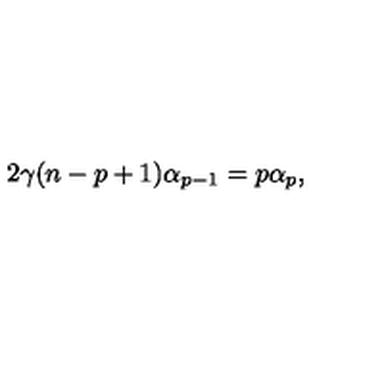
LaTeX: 2 \gamma ( n - p + 1 ) \alpha _ { p - 1 } = p \alpha _ { p } ,